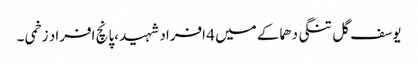
یوسف گل تنگی دھماکے میں 4 افراد شہید ،پانچ افراد زخمی ۔